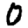
Digit: 0